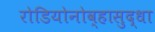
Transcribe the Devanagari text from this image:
रोडियोनोव्हासुद्धा